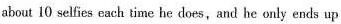
about 10 selfies each time he does,and he only ends up